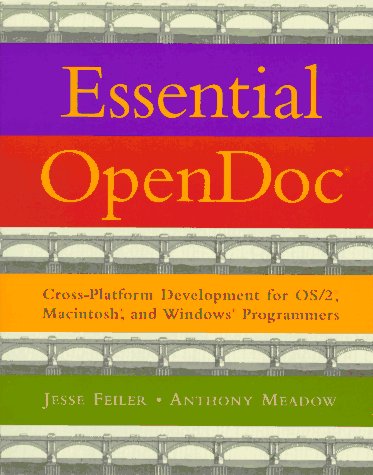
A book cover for Essential OpenDoc: Cross Platform Development for OS/2(R), Macintosh(R), and Windows(R) Programmers; Jesse Feiler; Computers & Technology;